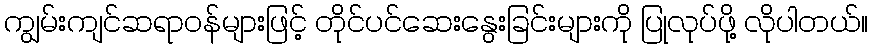
ကျွမ်းကျင်ဆရာဝန်များဖြင့် တိုင်ပင်ဆေးနွေးခြင်းများကို ပြုလုပ်ဖို့ လိုပါတယ်။